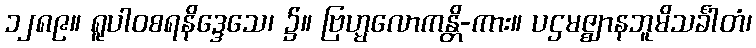
၁၂၈၉။ ရူပါဝစရနိဒ္ဒေသေ၊ ၌။ ဗြဟ္မလောကန္တိ-ကား။ ပဌမဇ္ဈာနဘူမိသင်္ခါတံ၊